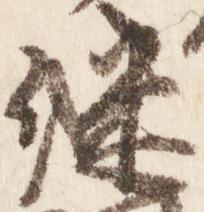
継